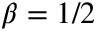
\beta = 1 / 2